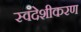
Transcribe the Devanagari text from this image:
स्वदेशीकरण